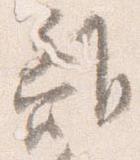
離